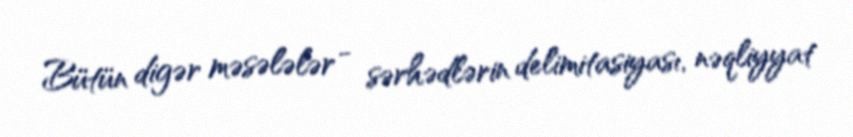
Bütün digər məsələlər - sərhədlərin delimitasiyası, nəqliyyat